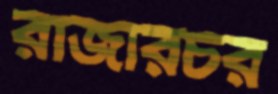
রাজারচর